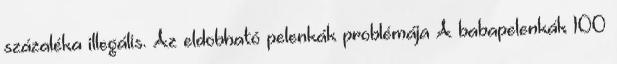
százaléka illegális. Az eldobható pelenkák problémája A babapelenkák 100